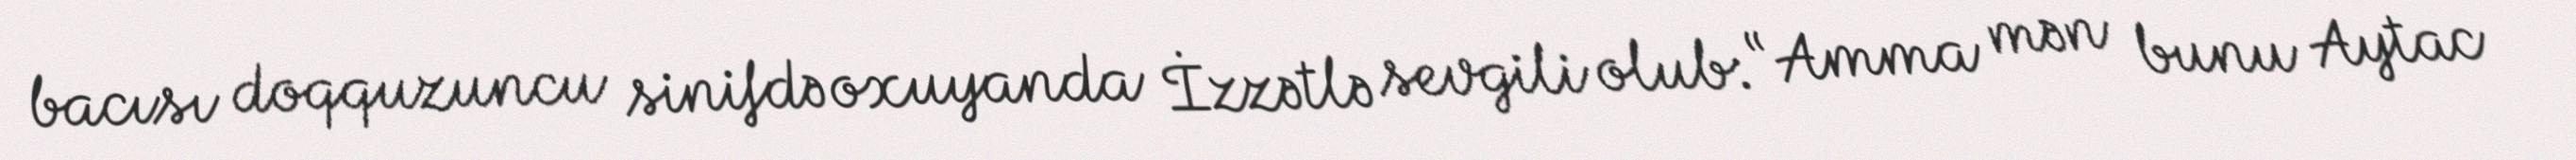
bacısı doqquzuncu sinifdə oxuyanda İzzətlə sevgili olub: “Amma mən bunu Aytac